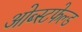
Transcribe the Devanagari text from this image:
ओब्स्टफेल्ड